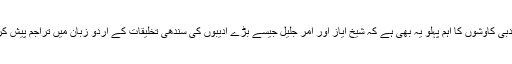
اس کی ادبی کاوشوں کا اہم پہلو یہ بھی ہے کہ شیخ ایاز اور امر جلیل جیسے بڑے ادیبوں کی سندھی تخلیقات کے اردو زبان میں تراجم پیش کرنے لگا۔